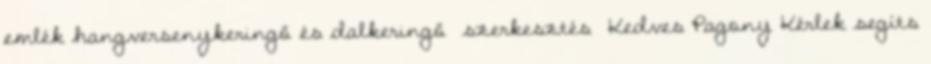
emlék hangversenykeringő és dalkeringő szerkesztés Kedves Pagony Kérlek segíts